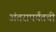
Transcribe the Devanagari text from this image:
अंतरापर्यंतची